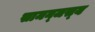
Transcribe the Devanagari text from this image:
सामन्‍जस्‍य